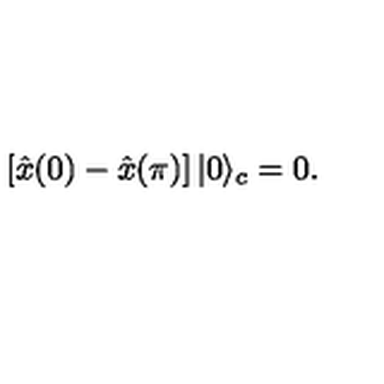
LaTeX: \left[ \hat { x } ( 0 ) - \hat { x } ( \pi ) \right] | 0 \rangle _ { c } = 0 .